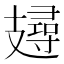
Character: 攳